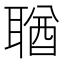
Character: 𦖣